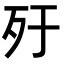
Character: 𣦿